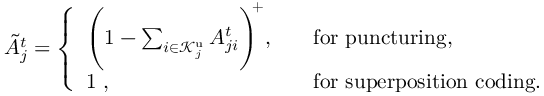
\begin{array} { r } { \tilde { A } _ { j } ^ { t } = \left\{ \begin{array} { l l } { { \Bigg ( 1 - \sum _ { i \in \mathcal { K } _ { j } ^ { \mathrm { u } } } A _ { j i } ^ { t } \Bigg ) } ^ { \! \! + } , \quad } & { \mathrm { f o r ~ p u n c t u r i n g } , } \\ { 1 \ , \quad } & { \mathrm { f o r ~ s u p e r p o s i t i o n ~ c o d i n g } . } \end{array} \right. } \end{array}